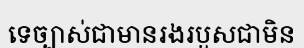
ទេច្បាស់ជាមានរងរបួសជាមិន